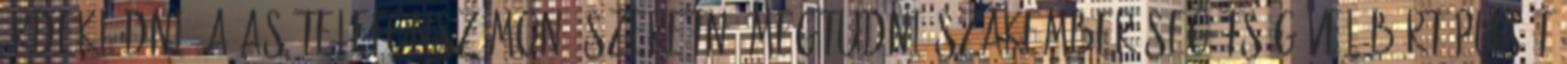
ÉrdeklŒdni: a as telefonszámon. Szeretné megtudni szakember segítségével bœrtípusát